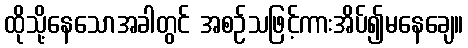
ထိုသို့နေသောအခါတွင် အစဉ်သဖြင့်ကားအိပ်၍မနေချေ။